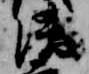
清